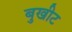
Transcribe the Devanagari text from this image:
बुखीट